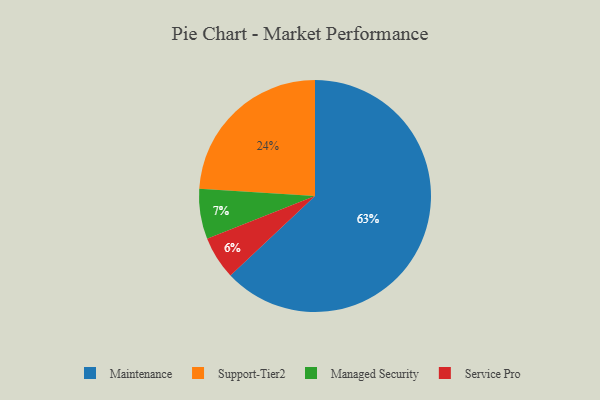
{"axis": {"x": "Category", "y": "Percentage"}, "legend": ["Maintenance", "Managed Security", "Service Pro", "Support-Tier2"], "data": [{"x": "Service Pro", "y": 6, "type": "Service Pro"}, {"x": "Support-Tier2", "y": 24, "type": "Support-Tier2"}, {"x": "Maintenance", "y": 63, "type": "Maintenance"}, {"x": "Managed Security", "y": 7, "type": "Managed Security"}]}